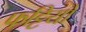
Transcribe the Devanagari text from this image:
फट्टियों